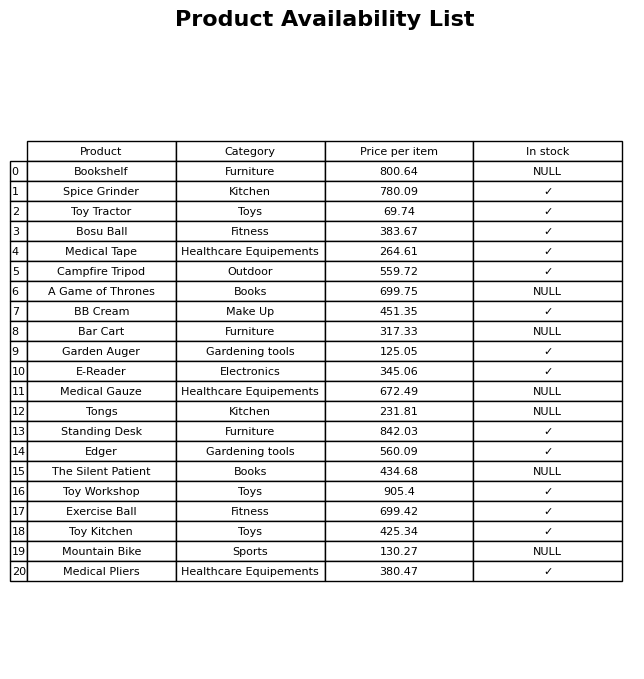
question: Is the Bookshelf in stock?
answer: NULL